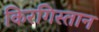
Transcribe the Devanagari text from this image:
किरगिस्तान